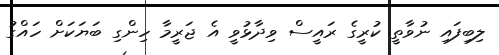
ލިބިފައި ނުވާތީ ކުރީގެ ރައީސް ވިދާޅުވީ އެ ޖަރީމާ ހިންގި ބަޔަކަށް ހައްގު